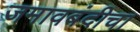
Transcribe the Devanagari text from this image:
जमावबंदीचा